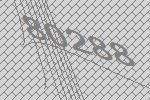
80288